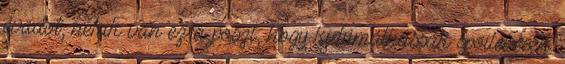
évadot, nekik van ez a poszt, hogy kidumálhassák spoileresen.